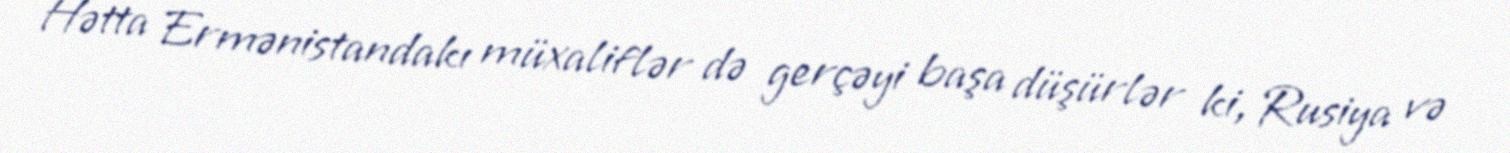
Hətta Ermənistandakı müxaliflər də gerçəyi başa düşürlər ki, Rusiya və